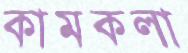
কামকলা